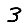
Digit: 3